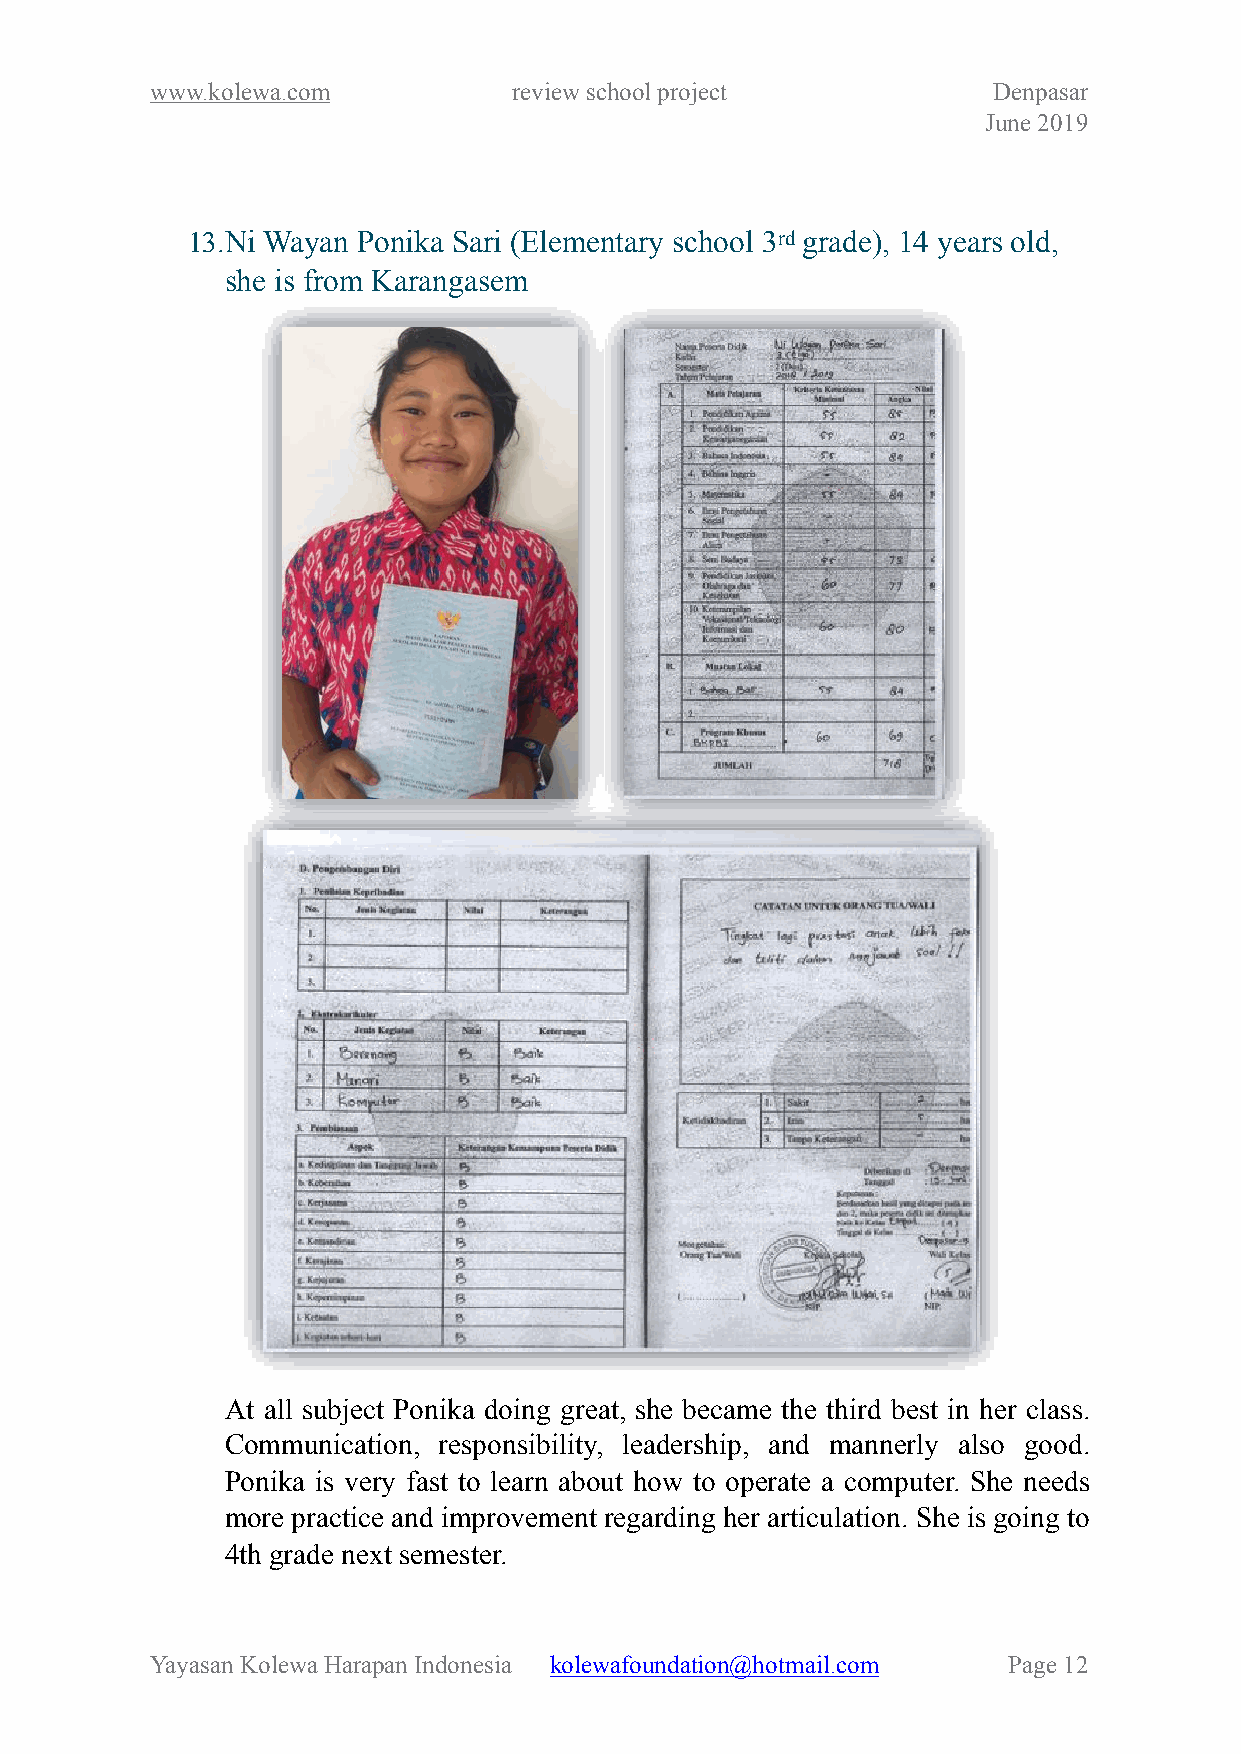
www.kolewa.com          review school project           Denpasar
 June 2019
 13.Ni Wayan Ponika Sari (Elementary school 3rd grade), 14 years old,
 she is from Karangasem
 At all subject Ponika doing great, she became the third best in her class.
 Communication, responsibility, leadership, and mannerly also good.
 Ponika is very fast to learn about how to operate a computer. She needs
 more practice and improvement regarding her articulation. She is going to
 4th grade next semester.
 Yayasan Kolewa Harapan Indonesia kolewafoundation@hotmail.com Page !12